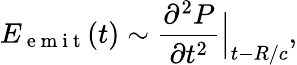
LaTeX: E_{\mathrm{~e~m~i~t~}}(t)\sim\frac{\partial^{2}P}{\partial t^{2}}\Big|_{t-R/c},